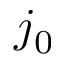
j _ { 0 }